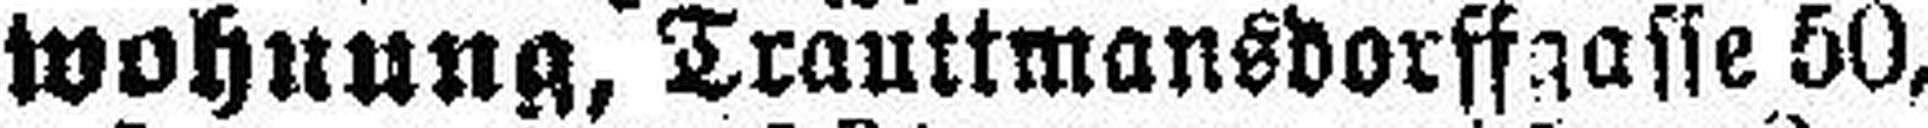
wohnung, Trauttmansdorffgasse 50,